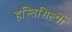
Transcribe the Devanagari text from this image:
हस्तिशिल्पी